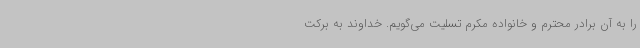
را به آن برادر محترم و خانواده مکرم تسلیت می‌گویم. خداوند به برکت